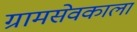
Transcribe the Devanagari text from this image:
ग्रामसेवकाला